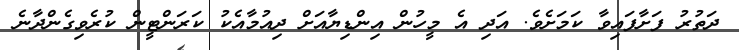
ދަތުރު ފަށާފައިވާ ކަމަށެވެ. އަދި އެ މީހުން އިންޑިޔާއަށް ދިއުމާއެކު ކަރަންޓީން ކުރެވިގެންދާނެ